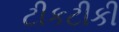
ટીકટીકી